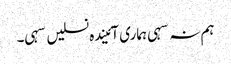
ہم نہ سہی ہماری آئیندہ نسلیں سہی۔